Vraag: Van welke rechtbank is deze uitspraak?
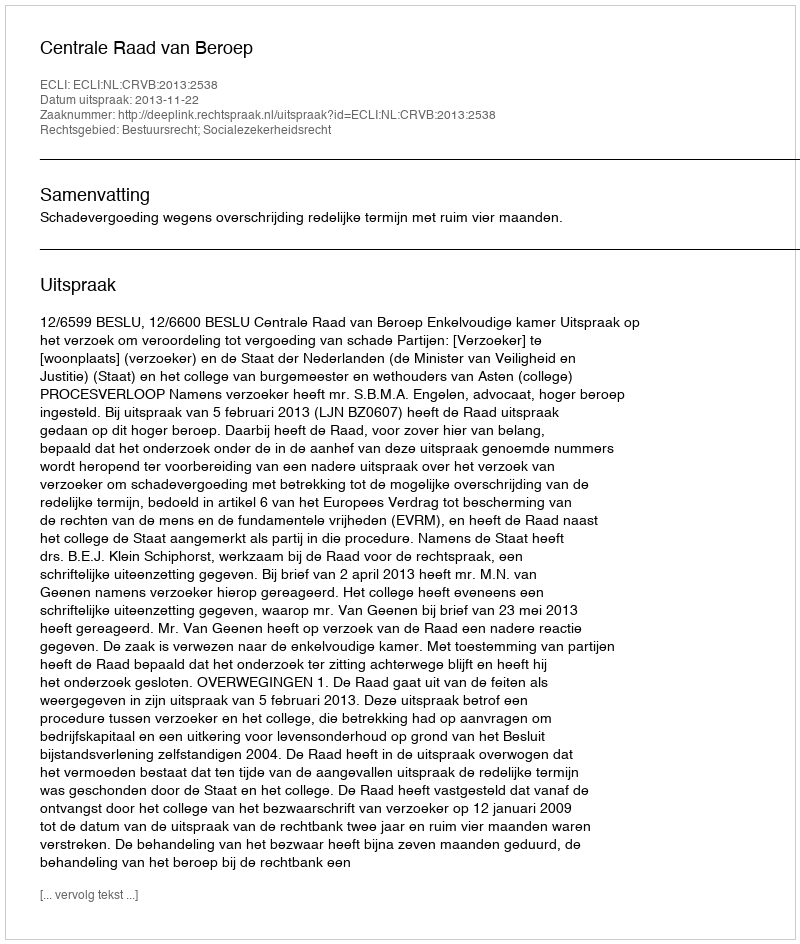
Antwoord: Centrale Raad van Beroep